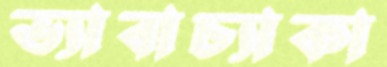
ভ্যাবাচ্যাকা